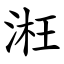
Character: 㳹